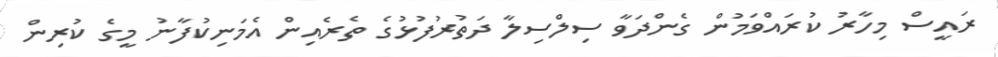
ރައީސް މިިހާރު ކުރައްވަމުން ގެންދަވާ ސިލްސިލާ ދަތުރުފުޅުގެ ތެރެއިން އެމަނިކުފާނު މީގެ ކުރިން